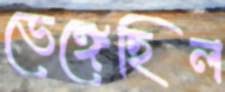
ভেঙ্গেছিল